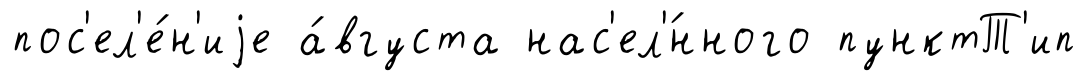
пос'ел'е́н'иjе а́вгуста нас'ел'́нного пунктТ'ип